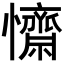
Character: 𢥖